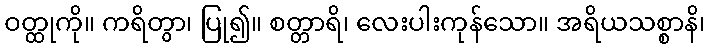
ဝတ္ထုကို။ ကရိတွာ၊ ပြု၍။ စတ္တာရိ၊ လေးပါးကုန်သော။ အရိယသစ္စာနိ၊